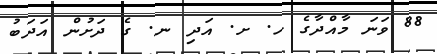
88 ވަނަ މާއްދާގެ ހ. ށ. އަދި ނ. ގެ ދަށުން އަދަބު